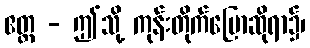
ဧတ္ထ - ဤသို့ ကုန်းတိုက်ပြောဆိုရာ၌၊